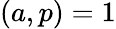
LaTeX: (a,p)=1